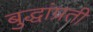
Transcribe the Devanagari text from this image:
बुद्धांप्रती